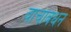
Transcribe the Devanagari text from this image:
वाचाबंधन